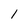
Character: l